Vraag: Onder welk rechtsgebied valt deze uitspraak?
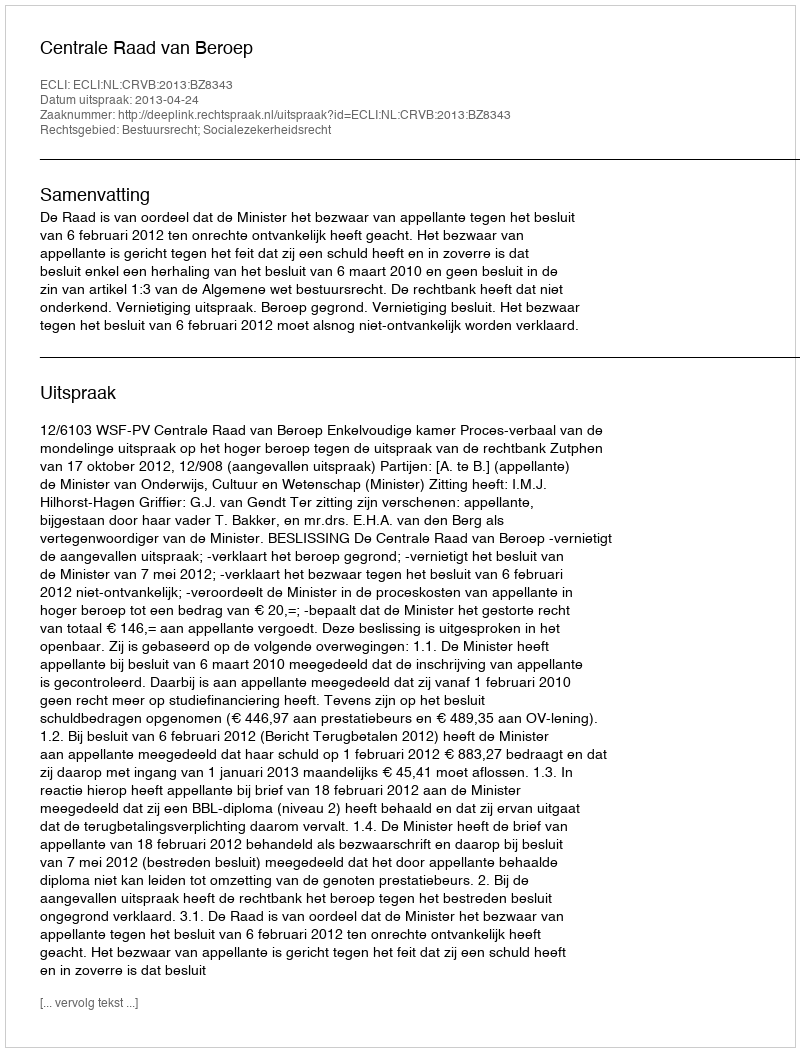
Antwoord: Bestuursrecht; Socialezekerheidsrecht